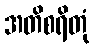
အတိစရိတုံ